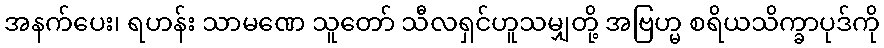
အနက်ပေး၊ ရဟန်း သာမဏေ သူတော် သီလရှင်ဟူသမျှတို့ အဗြဟ္မ စရိယသိက္ခာပုဒ်ကို